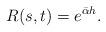
LaTeX: \begin{align*} R(s,t)=e^{\bar{\alpha} h}.\end{align*}